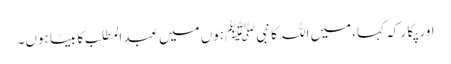
اور پکا ر کہ کہا، میں اللہ کا نبیﷺ ہوں میں عبدالمطلب کا بیٹا ہوں۔